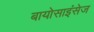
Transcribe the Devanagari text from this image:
बायोसाइंसेज